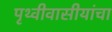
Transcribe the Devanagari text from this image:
पृथ्वीवासीयांचा